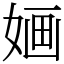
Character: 婳